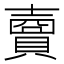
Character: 𧷗